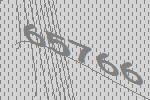
65766